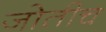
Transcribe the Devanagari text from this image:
जोतीच